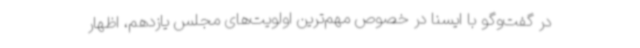
در گفت‌وگو با ایسنا در خصوص مهم‌ترین اولویت‌های مجلس یازدهم، اظهار